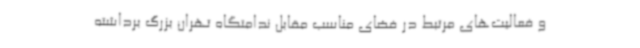
و فعالیت‌های مرتبط در فضای مناسب مقابل ندامتگاه تهران بزرگ برداشته